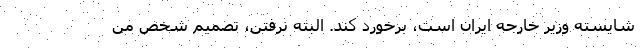
شايسته وزير خارجه ايران است، برخورد كند. البته نرفتن، تصميم شخص من